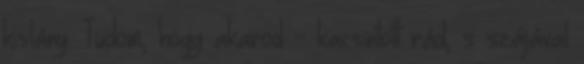
kislány. Tudom, hogy akarod - kacsintott rád, s szájával